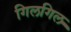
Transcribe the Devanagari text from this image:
गिलगिल